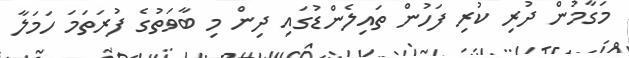
މަގާމުން ދުރި ކުރި ފަހުން ތައިލެންޑުގައި ދިން މި ބާވަތުގެ ފުރަތަމަ ހަަމަލާ